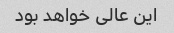
این عالی خواهد بود